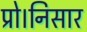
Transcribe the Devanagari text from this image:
प्रो।निसार